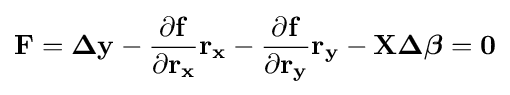
\mathbf {F=\Delta y-{\frac {\partial f}{\partial r_{x}}}r_{x}-{\frac {\partial f}{\partial r_{y}}}r_{y}-X\Delta {\boldsymbol {\beta }}=0}